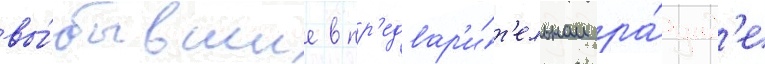
вы́бывшие в пр'едвар'и́т'ельном ра́унд'е